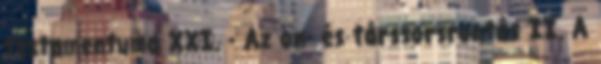
testamentuma XXI. - Az ön- és társsorsrontás II. A